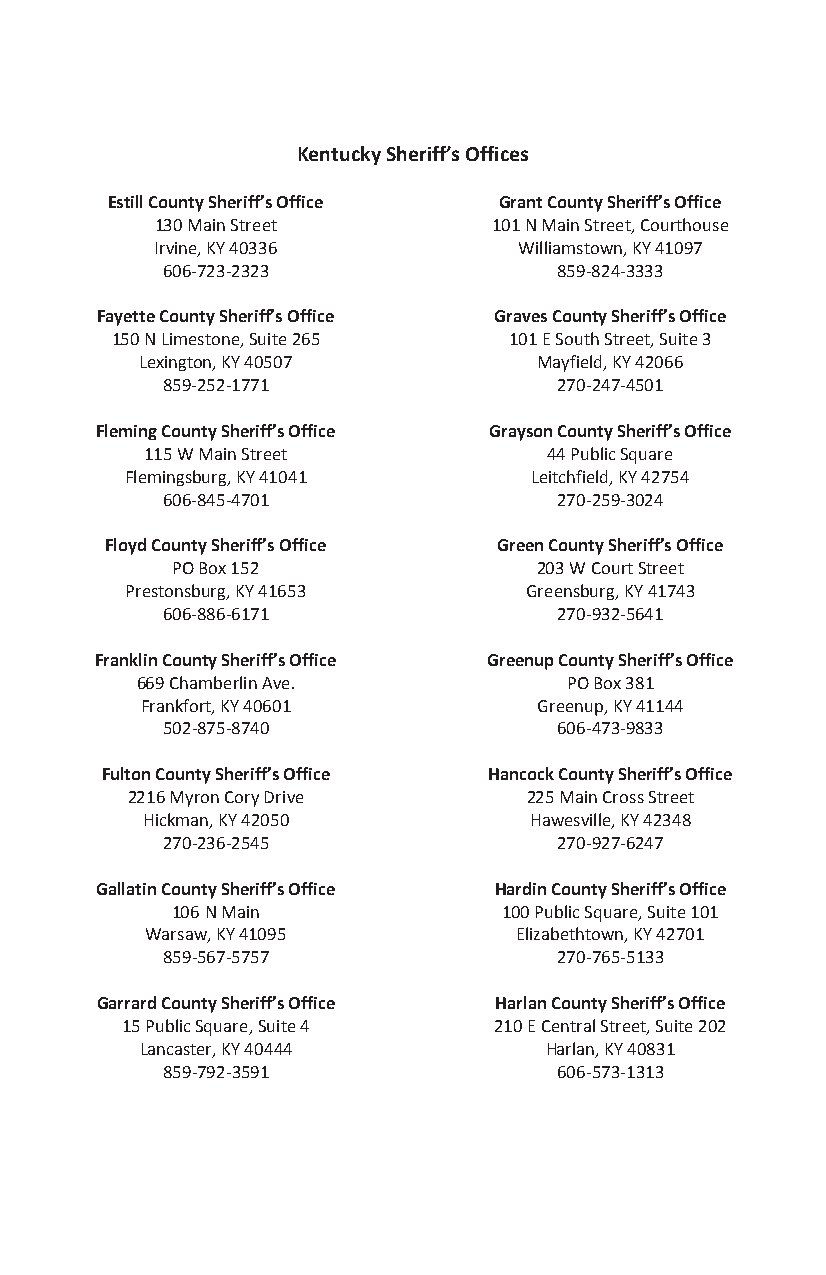
Kentucky Sheriff’s Offices
 Estill County Sheriff’s Office Grant County Sheriff’s Office
 130 Main Street        101 N Main Street, Courthouse
 Irvine, KY 40336        Williamstown, KY 41097
 606-723-2323              859-824-3333
 Fayette County Sheriff’s Office Graves County Sheriff’s Office
 150 N Limestone, Suite 265 101 E South Street, Suite 3
 Lexington, KY 40507        Mayfield, KY 42066
 859-252-1771              270-247-4501
 Fleming County Sheriff’s Office Grayson County Sheriff’s Office
 115 W Main Street         44 Public Square
 Flemingsburg, KY 41041     Leitchfield, KY 42754
 606-845-4701              270-259-3024
 Floyd County Sheriff’s Office Green County Sheriff’s Office
 PO Box 152               203 W Court Street
 Prestonsburg, KY 41653     Greensburg, KY 41743
 606-886-6171              270-932-5641
 Franklin County Sheriff’s Office Greenup County Sheriff’s Office
 669 Chamberlin Ave.         PO Box 381
 Frankfort, KY 40601        Greenup, KY 41144
 502-875-8740              606-473-9833
 Fulton County Sheriff’s Office Hancock County Sheriff’s Office
 2216 Myron Cory Drive      225 Main Cross Street
 Hickman, KY 42050         Hawesville, KY 42348
 270-236-2545              270-927-6247
 Gallatin County Sheriff’s Office Hardin County Sheriff’s Office
 106 N Main            100 Public Square, Suite 101
 Warsaw, KY 41095        Elizabethtown, KY 42701
 859-567-5757              270-765-5133
 Garrard County Sheriff’s Office Harlan County Sheriff’s Office
 15 Public Square, Suite 4 210 E Central Street, Suite 202
 Lancaster, KY 40444        Harlan, KY 40831
 859-792-3591              606-573-1313